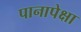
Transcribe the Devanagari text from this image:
पानापेक्षा